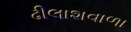
ઢીલાશવાળા